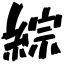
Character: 綜